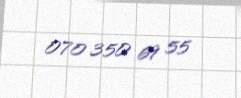
070 350 69 55